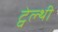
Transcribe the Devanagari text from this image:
ट्वेल्‍थी